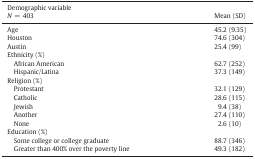
<table><thead><tr><td><b>Demographic variable<i>N</i> = 403</b></td><td><b>Mean (SD)</b></td></tr></thead><tbody><tr><td>Age</td><td>45.2 (9.35)</td></tr><tr><td>Houston</td><td>74.6 (304)</td></tr><tr><td>Austin</td><td>25.4 (99)</td></tr><tr><td>Ethnicity (%)</td><td></td></tr><tr><td> African American</td><td>62.7 (252)</td></tr><tr><td> Hispanic/Latina</td><td>37.3 (149)</td></tr><tr><td>Religion (%)</td><td></td></tr><tr><td> Protestant</td><td>32.1 (129)</td></tr><tr><td> Catholic</td><td>28.6 (115)</td></tr><tr><td> Jewish</td><td>9.4 (38)</td></tr><tr><td> Another</td><td>27.4 (110)</td></tr><tr><td> None</td><td>2.6 (10)</td></tr><tr><td>Education (%)</td><td></td></tr><tr><td> Some college or college graduate</td><td>88.7 (346)</td></tr><tr><td> Greater than 400% over the poverty line</td><td>49.3 (182)</td></tr></tbody></table>